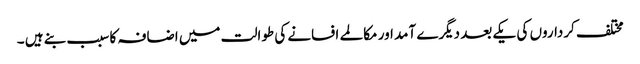
مختلف کرداروں کی یکے بعد دیگرے آمد اور مکالمے افسانے کی طوالت میں اضافہ کا سبب بنے ہیں ۔